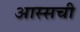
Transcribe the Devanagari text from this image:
आस्सची